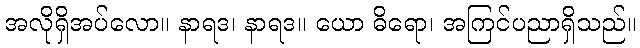
အလိုရှိအပ်လော။ နာရဒ၊ နာရဒ။ ယော ဓိရော၊ အကြင်ပညာရှိသည်။